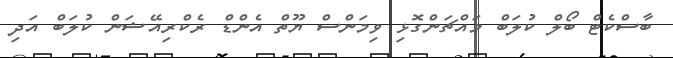
ބާސްކެޓް ބޯލް ކުލަބް މައްޗަންގޮޅި ވިމަންސް ޔޫތް އެންޑް ރެކްރިއޭޝަން ކުލަބް އަދި